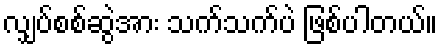
လျှပ်စစ်ဆွဲအား သက်သက်ပဲ ဖြစ်ပါတယ်။